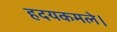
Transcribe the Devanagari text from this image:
हदयकमले।